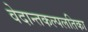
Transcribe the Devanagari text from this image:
वेदान्तकल्पलतिका